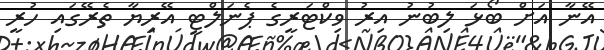
އޭނާ އަށް ބޯޅަ ލިބުނު އިރު ވިކްޓަރީގެ ޕެނަލްޓީ އޭރިޔާ ތެރޭގައި ހުރީ